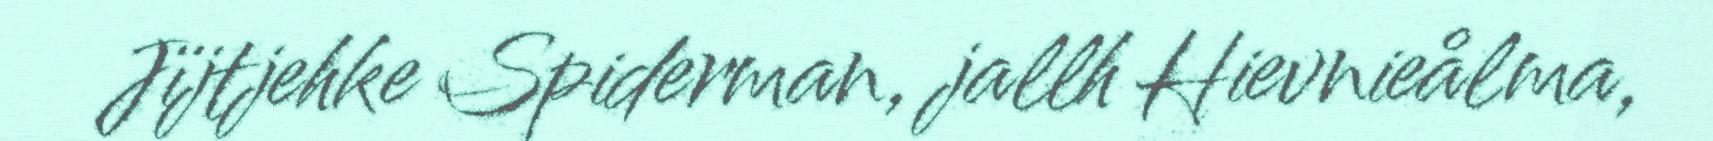
Jïjtjehke Spiderman, jallh Hievnieålma,